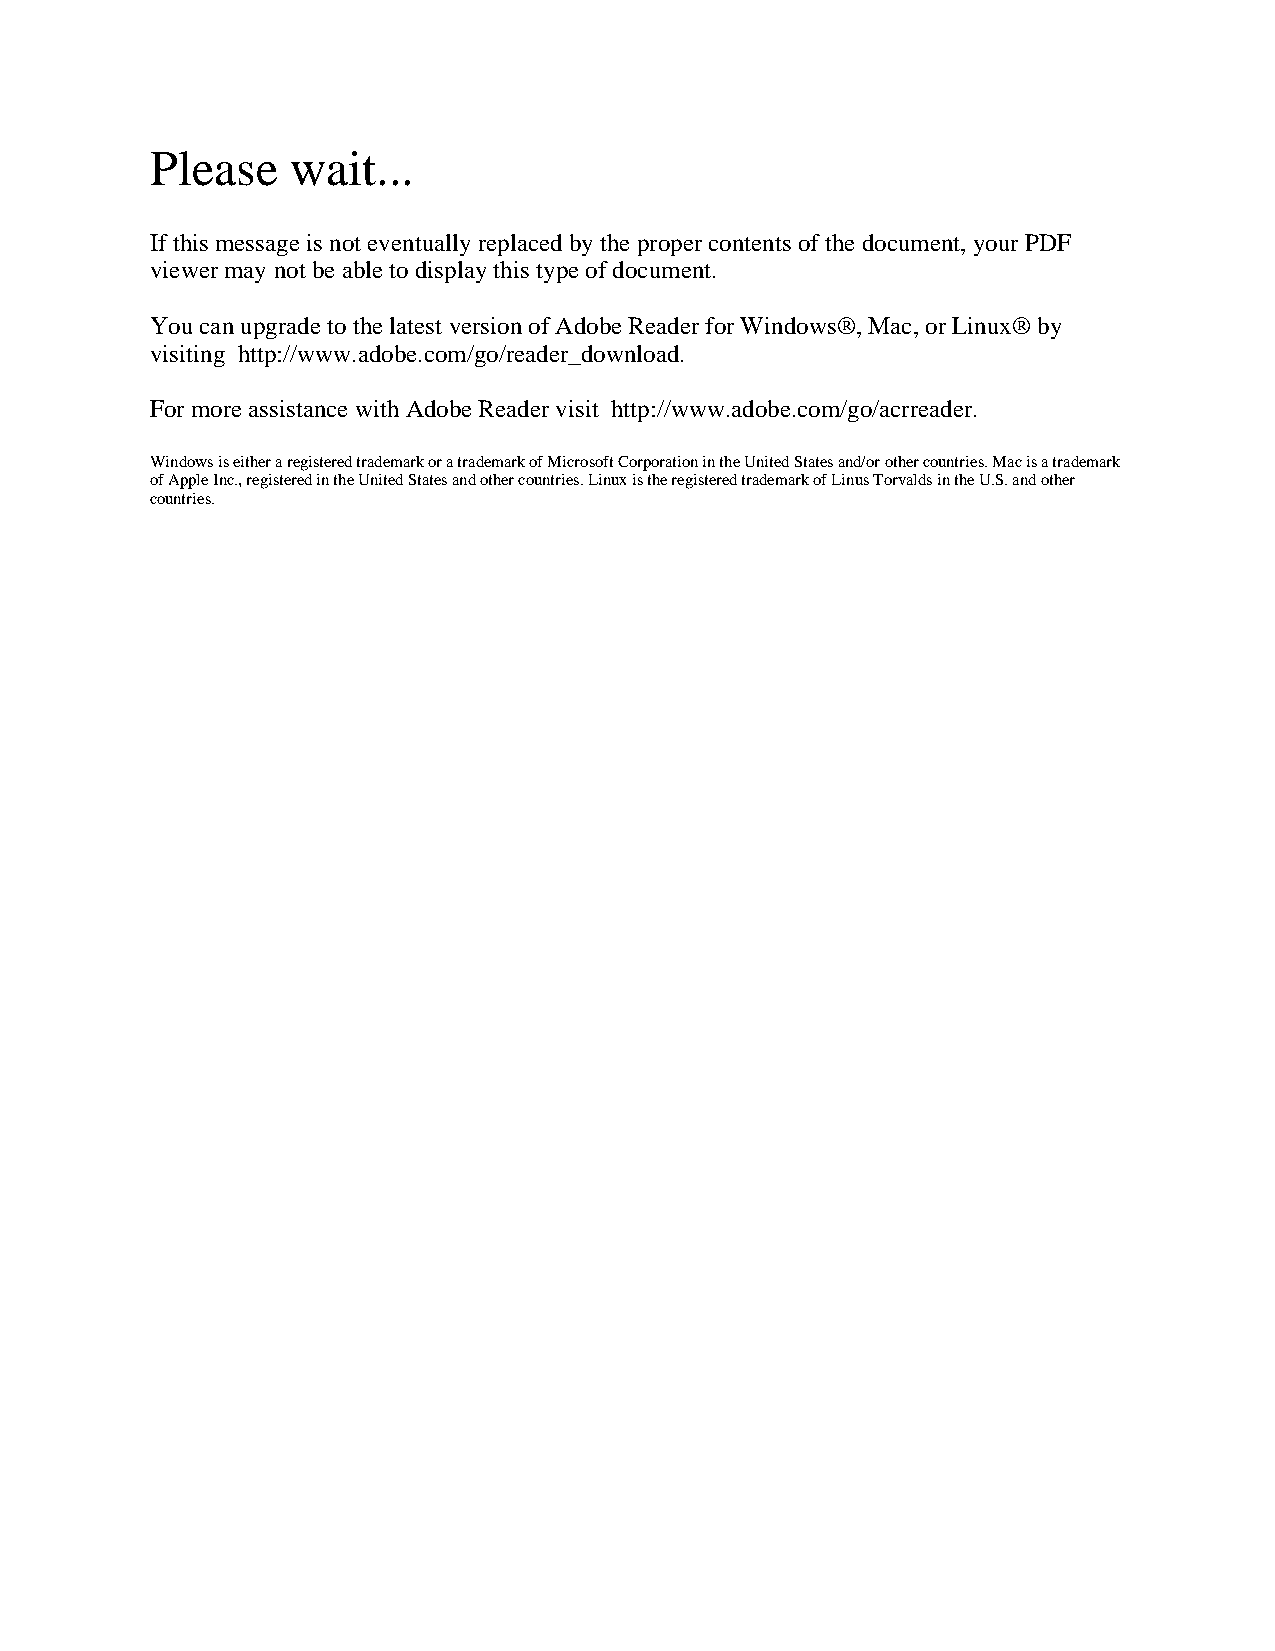
Please   wait...
 If this message is not eventually replaced by the proper contents of the document, your PDF
 viewer may not be able to display this type of document.
 You can upgrade to the latest version of Adobe Reader for Windows®, Mac, or Linux® by
 visiting http://www.adobe.com/go/reader_download.
 For more assistance with Adobe Reader visit http://www.adobe.com/go/acrreader.
 Windows is either a registered trademark or a trademark of Microsoft Corporation in the United States and/or other countries. Mac is a trademark
 of Apple Inc., registered in the United States and other countries. Linux is the registered trademark of Linus Torvalds in the U.S. and other
 countries.